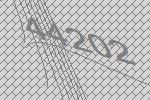
44202